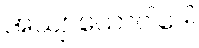
အယျာယောဝါဒေါ